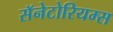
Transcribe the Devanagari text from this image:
सॅनेटोरियम्स